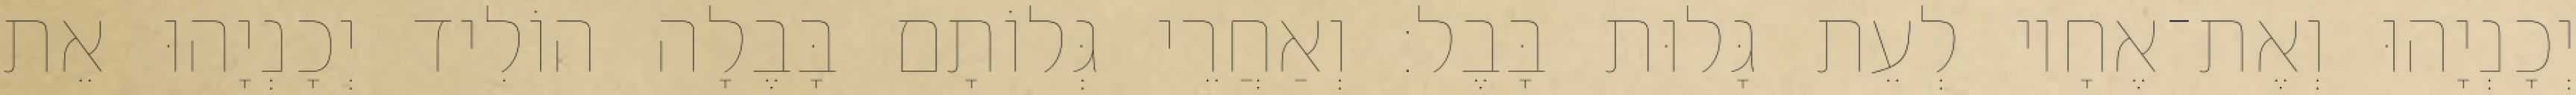
יְכָנְיָהוּ וְאֶת־אֶחָיו לְעֵת גָּלוּת בָּבֶל׃ וְאַחֲרֵי גְּלוֹתָם בָּבֶלָה הוֹלִיד יְכָנְיָהוּ אֵת